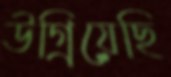
উগ্‌রিয়েছি